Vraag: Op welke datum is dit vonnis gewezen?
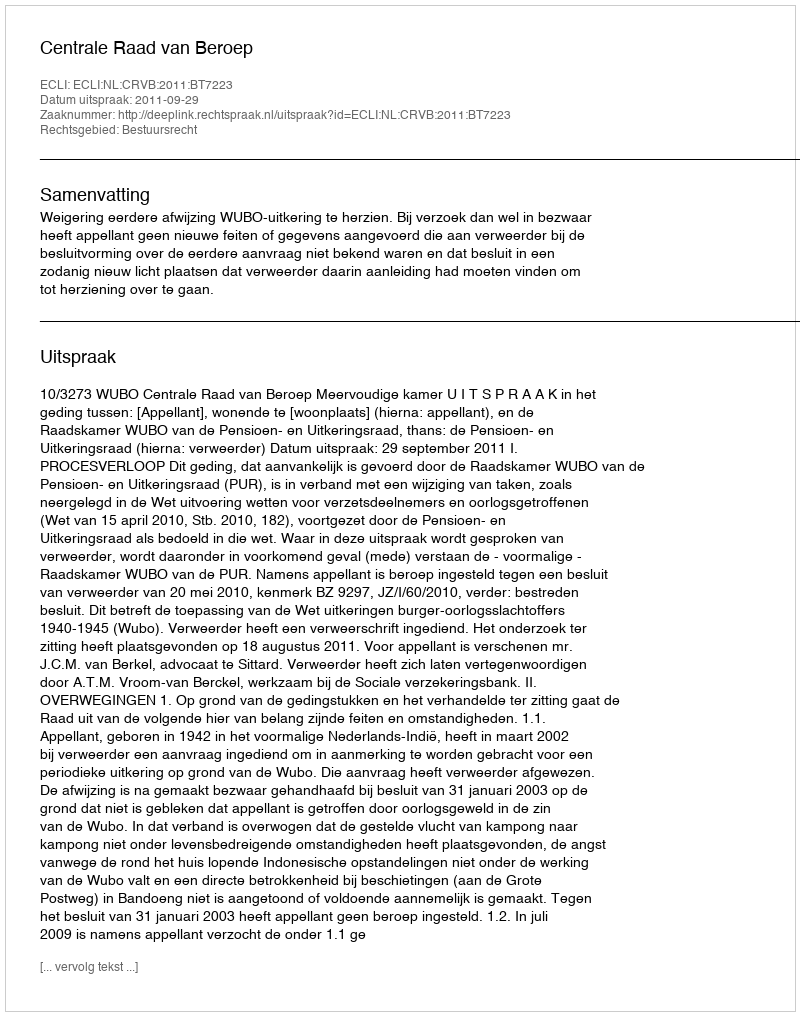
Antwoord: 2011-09-29